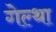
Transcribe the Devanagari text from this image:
गेल्था